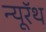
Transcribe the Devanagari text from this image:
न्यूरॅथ